Lunatic asylums Central Provinces reports 1895-1909 - 1895-1909
Year: 1895
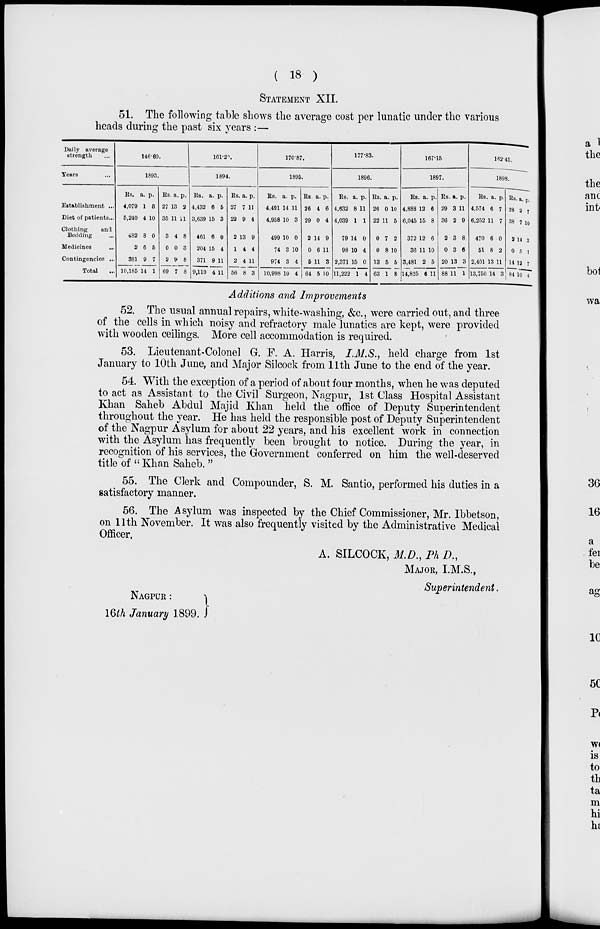
( 18 )
STATEMENT XII.
51. The following table shows the average cost per lunatic under the various
heads during the past six years :—
Daily average
strength
Years ...
Establishment ...
Diet of patients ...
Clothing
and
Bedding ...
Medicines ...
Contingencies ...
Total ...
146.60.
1893.
Rs.
4,079
5,240
482
2
381
10,185
a.
1
4
8
6
9
14
p.
3
10
0
5
7
1
Rs
27
35
3
0
2
69
a.
13
11
4
0
9
7
p.
2
11
8
3
8
8
161.20.
1894.
Rs.
4,432
3,639
461
204
371
9,110
a.
6
15
6
15
9
4
p.
5
3
0
4
11
11
Rs.
27
22
2
1
2
56
a.
7
9
13
4
4
8
p.
11
4
9
4
11
3
170.87.
1895.
Rs.
4,491
4,958
499
74
974
10,998
a.
14
10
10
3
3
10
p.
11
3
0
10
4
4
Rs.
26
29
2
0
5
64
a.
4
0
14
6
11
5
p.
6
4
9
11
3
10
177.83.
1896.
Rs.
4,632
4,039
79
98
2,371
11,222
a.
8
1
14
10
15
1
p.
11
1
0
4
0
4
Rs.
26
22
0
0
13
63
a.
0
11
7
8
5
1
p.
10
5
2
10
5
8
167.15
1897.
Rs.
4,888
6,045
372
36
3,481
14,825
a.
12
15
12
11
2
6
p.
6
8
6
10
5
11
Rs
29
36
2
0
20
88
a.
3
2
3
3
13
11
p.
11
9
8
6
3
1
162.45.
1898.
Rs.
4,574
6,252
470
51
2,401
13,750
a.
6
11
6
8
13
14
p.
7
7
0
2
11
3
Rs.
28
38
2
0
14
84
a.
2
7
14
5
12
10
p.
7
10
3
1
7
4
Additions and Improvements
52. The usual annual repairs, white-washing, &c., were carried out, and three
of the cells in which noisy and refractory male lunatics are kept, were provided
with wooden ceilings. More cell accommodation is required.
53. Lieutenant-Colonel G. F. A. Harris, I.M.S., held charge from 1st
January to 10th June, and Major Silcock from 11th June to the end of the year.
54. With the exception of a period of about four months, when he was deputed
to act as Assistant to the Civil Surgeon, Nagpur, 1st Class Hospital Assistant
Khan Saheb Abdul Majid Khan held the office of Deputy Superintendent
throughout the year. He has held the responsible post of Deputy Superintendent
of the Nagpur Asylum for about 22 years, and his excellent work in connection
with the Asylum has frequently been brought to notice. During the year, in
recognition of his services, the Government conferred on him the well-deserved
title of " Khan Saheb. "
55. The Clerk and Compounder, S. M. Santio, performed his duties in a
satisfactory manner.
56. The Asylum was inspected by the Chief Commissioner, Mr. Ibbetson,
on 11th November. It was also frequently visited by the Administrative Medical
Officer.
A. SILCOCK, M.D., Ph D.,
MAJOR, I.M.S.,
Superintendent.
NAGPUR :
16th January 1899.